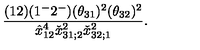
{ \frac { ( 1 2 ) ( 1 ^ { - } 2 ^ { - } ) ( \theta _ { 3 1 } ) ^ { 2 } ( \theta _ { 3 2 } ) ^ { 2 } } { \hat { x } _ { 1 2 } ^ { 4 } \check { x } _ { 3 1 ; 2 } ^ { 2 } \check { x } _ { 3 2 ; 1 } ^ { 2 } } } .